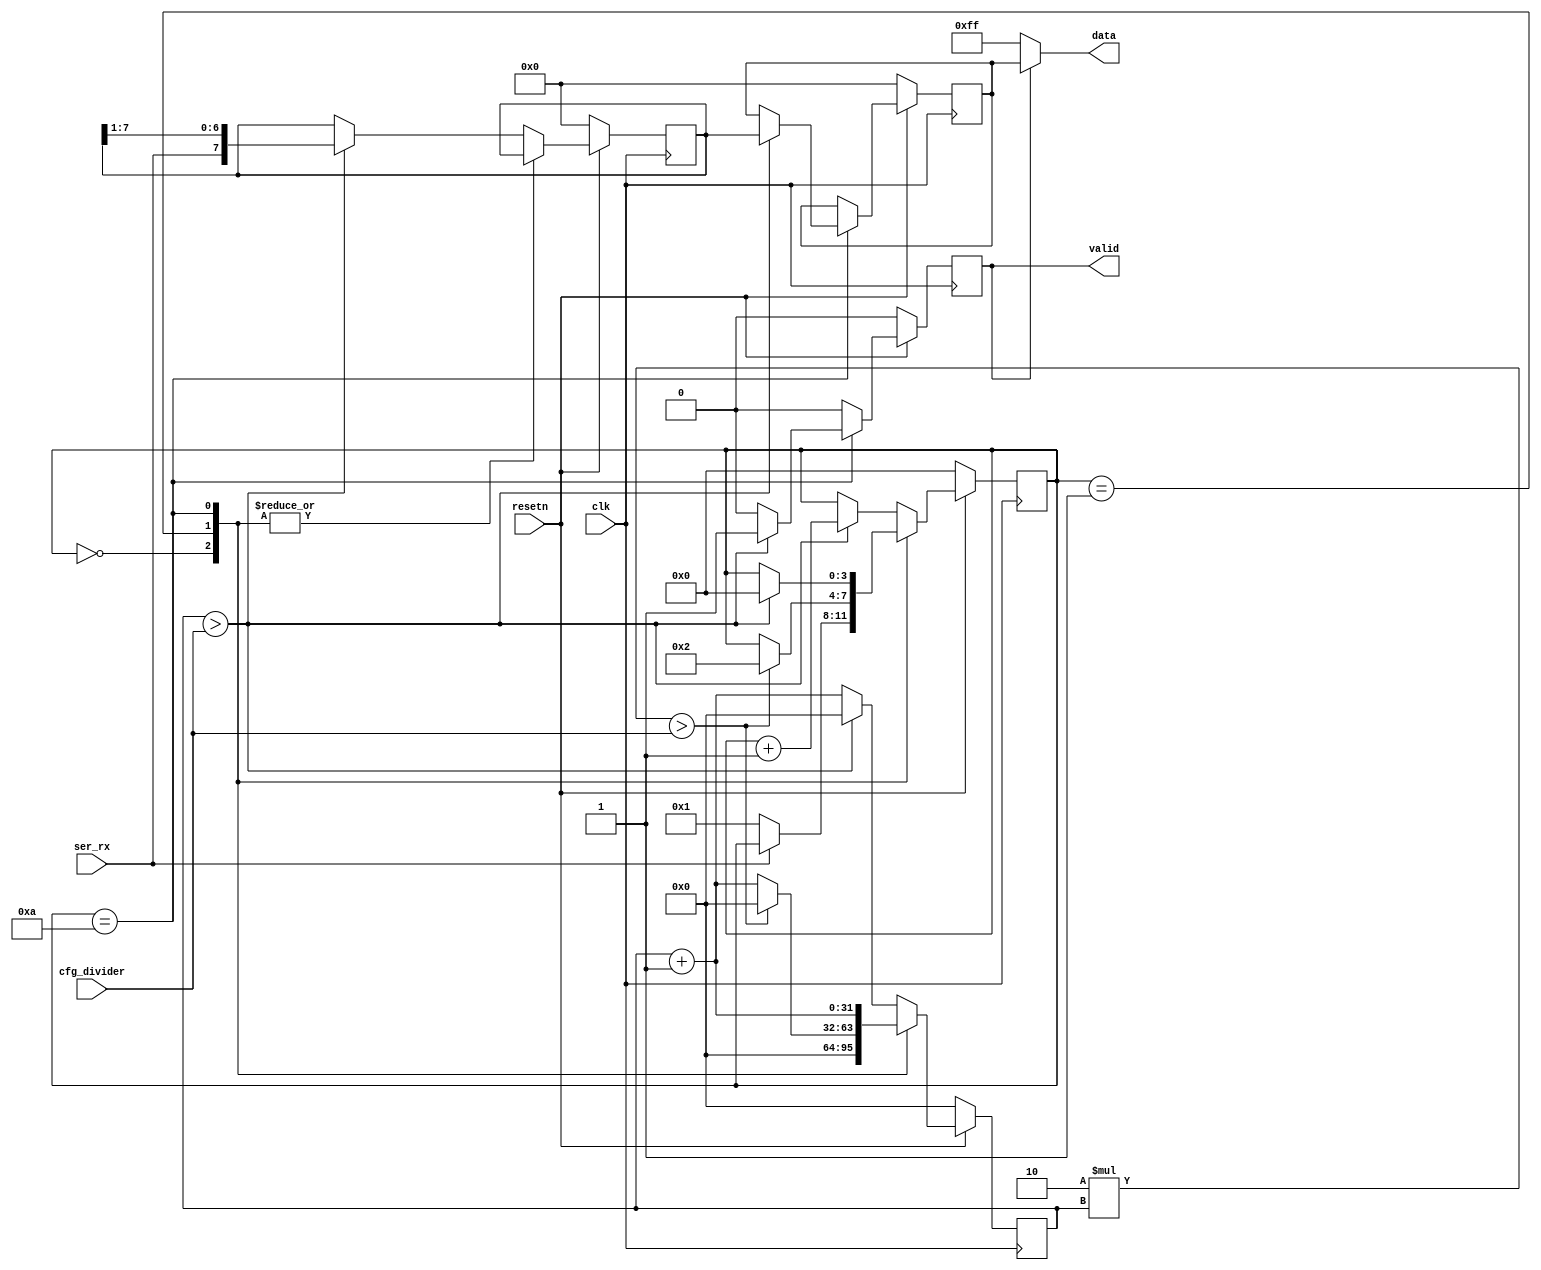
module uart_rx (
	input clk,
	input resetn,

	input  ser_rx,

	input  [31:0] cfg_divider,

	output [7:0]  data,
	output 	reg   valid
);

	reg [3:0] recv_state;
	reg [31:0] recv_divcnt;
	reg [7:0] recv_pattern;
	reg [7:0] recv_buf_data;

	assign data = valid ? recv_buf_data : ~0;

	always @(posedge clk) begin
		if (!resetn) begin
			recv_state <= 0;
			recv_divcnt <= 0;
			recv_pattern <= 0;
			recv_buf_data <= 0;
			valid <= 0;			
		end else begin
			recv_divcnt <= recv_divcnt + 1;
			
			valid <= 0;

			case (recv_state)
				0: begin
					if (!ser_rx)
						recv_state <= 1;
					recv_divcnt <= 0;
				end
				1: begin
					if (2*recv_divcnt > cfg_divider) begin
						recv_state <= 2;
						recv_divcnt <= 0;
					end
				end
				10: begin
					if (recv_divcnt > cfg_divider) begin
						recv_buf_data <= recv_pattern;
						valid <= 1;
						recv_state <= 0;
					end
				end
				default: begin
					if (recv_divcnt > cfg_divider) begin
						recv_pattern <= {ser_rx, recv_pattern[7:1]};
						recv_state <= recv_state + 1;
						recv_divcnt <= 0;
					end
				end
			endcase
		end
	end
endmodule